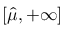
\textstyle \left[ { \widehat { \mu } } , + \infty \right]